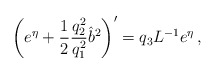
\begin{align*} \left( e^\eta + \frac{1}{2} \frac{q_2^2}{q_1^2}\hat{b}^2 \right)' = q_3 L^{-1} e^\eta \,,\end{align*}